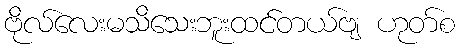
ဗိုလ်လေးမသိသေးဘူးထင်တယ်ဗျ ဟုတ်စ